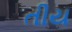
તીય